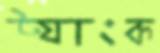
ট্যাংক